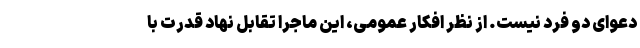
دعوای دو فرد نیست. از نظر افکار عمومی، این ماجرا تقابل نهاد قدرت با